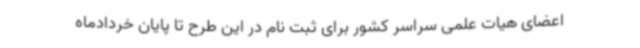
اعضای هیات علمی سراسر کشور برای ثبت نام در این طرح تا پایان خردادماه